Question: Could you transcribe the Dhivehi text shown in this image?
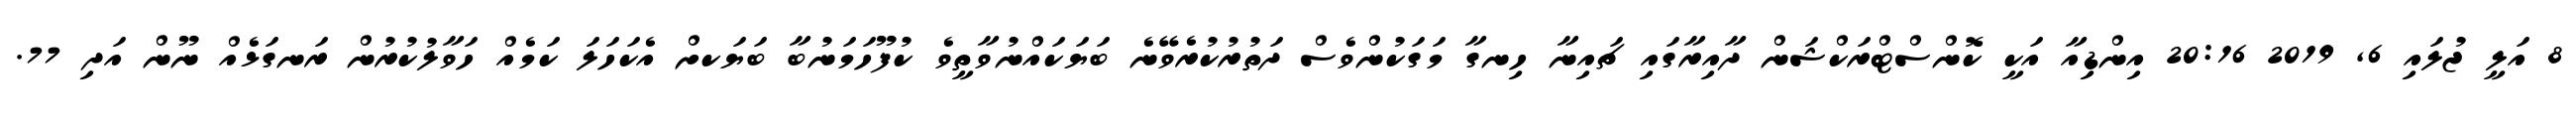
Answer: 8 އަލީ ޖުލައި 6, 2019 20:16 އިންޑިއާ އަކީ ކޮންސްޓްރަކްޝަން ދާއިރާގައި ޗައިނާ ހިނގާ މަގަކުންވެސް ދަތުރުކުރެވޭނެ ބަޔަކައްނުވާތީވެ ކުފޫހަމަނުބާ ބަޔަކށް އެކަހަލަ ކަމެއް ހަވާލުކުރުން ރަނގަޅެއް ނޫން އަދި 77.